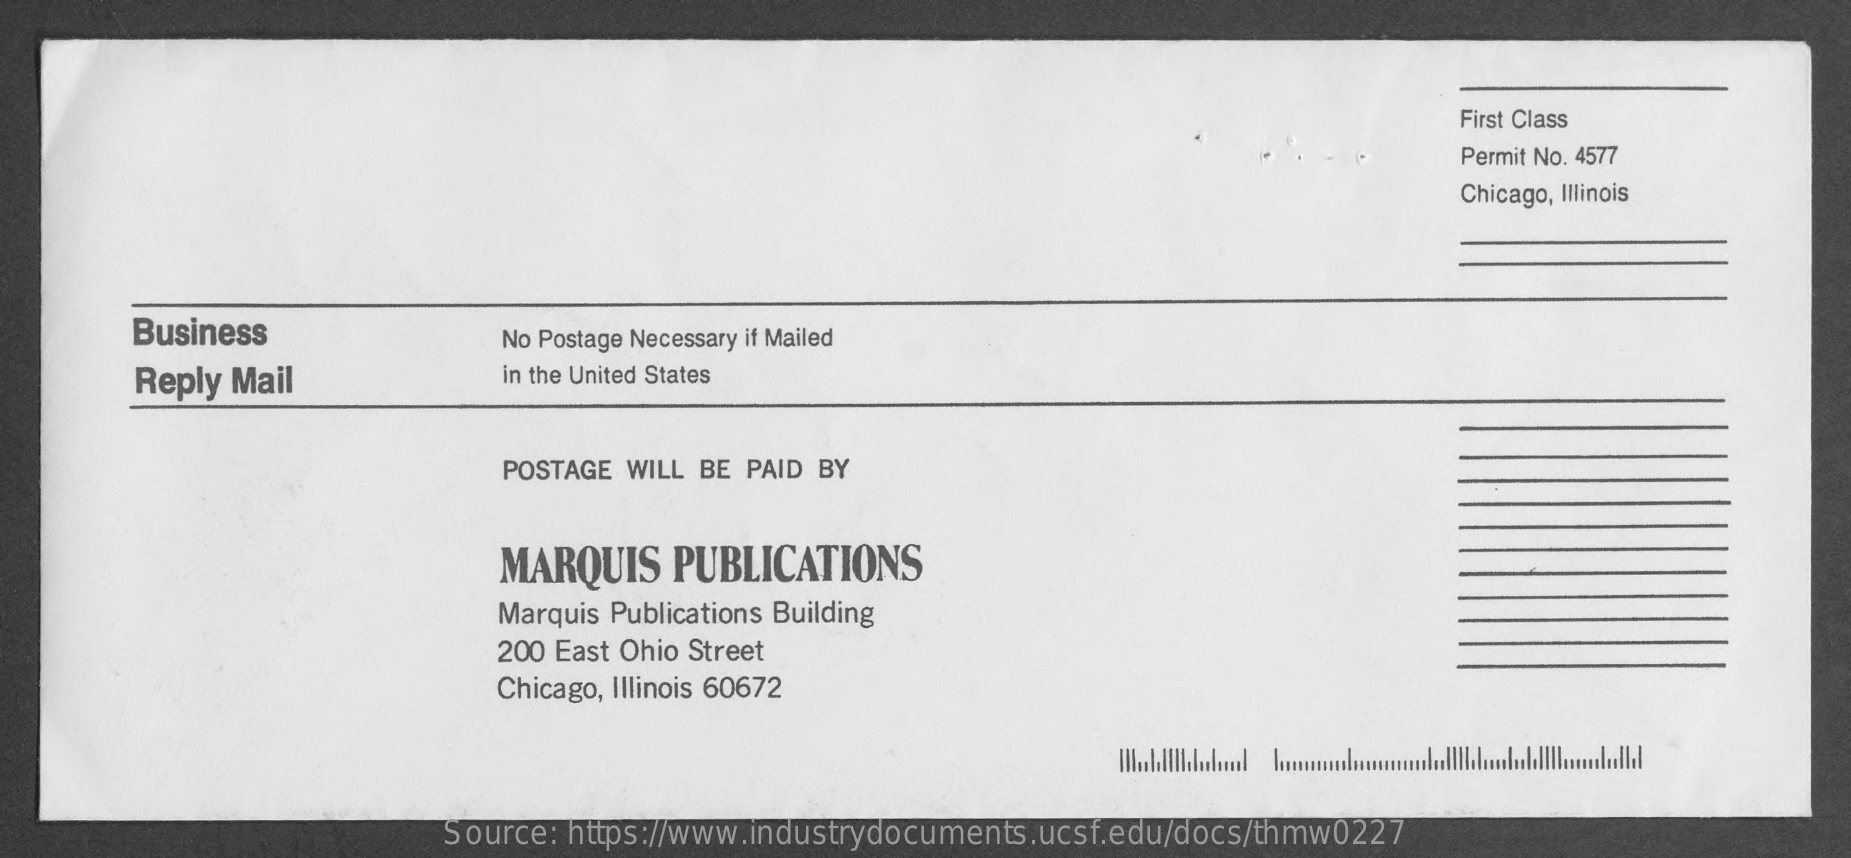
First Class
     Permit No. 4577
     Chicago, Illinois
     Business    No Postage Necessary if Mailed
     Reply Mail    in the United States
     POSTAGE WILL BE PAID BY
     MARQUIS   PUBLICATIONS
     Marquis Publications Building
     200 East Ohio Street
     Chicago, Illinois 60672
     Source: https://www.industrydocuments.ucsf.edu/docs/thmw0227